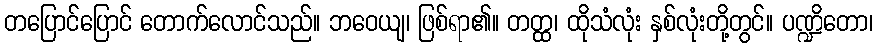
တပြောင်ပြောင် တောက်လောင်သည်။ ဘဝေယျ၊ ဖြစ်ရာ၏။ တတ္ထ၊ ထိုသံလုံး နှစ်လုံးတို့တွင်။ ပဏ္ဍိတော၊